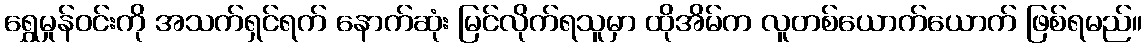
ရွှေမှုန်ဝင်းကို အသက်ရှင်ရက် နောက်ဆုံး မြင်လိုက်ရသူမှာ ထိုအိမ်က လူတစ်ယောက်ယောက် ဖြစ်ရမည်။